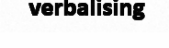
verbalising